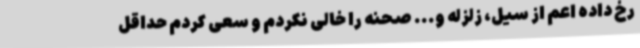
رخ داده اعم از سیل، زلزله و... صحنه را خالی نکردم و سعی کردم حداقل